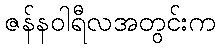
ဇန်နဝါရီလအတွင်းက